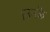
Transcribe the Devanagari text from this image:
।उनके